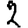
Digit: 2